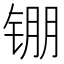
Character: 𬭖